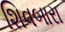
શિવબારા